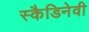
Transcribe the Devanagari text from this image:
स्कैडिनेवी